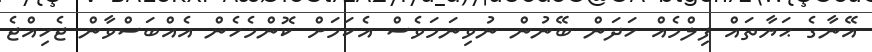
އޭނާގެ ޙަޔާތައް ފިލްމެއް ހަދަން ބޭނުން ނުވިނަމަވެސް އެކަމަށް ކޮންމެހެން އެއްބަސްވާން ޖެހިއްޖެ